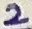
Text: 2